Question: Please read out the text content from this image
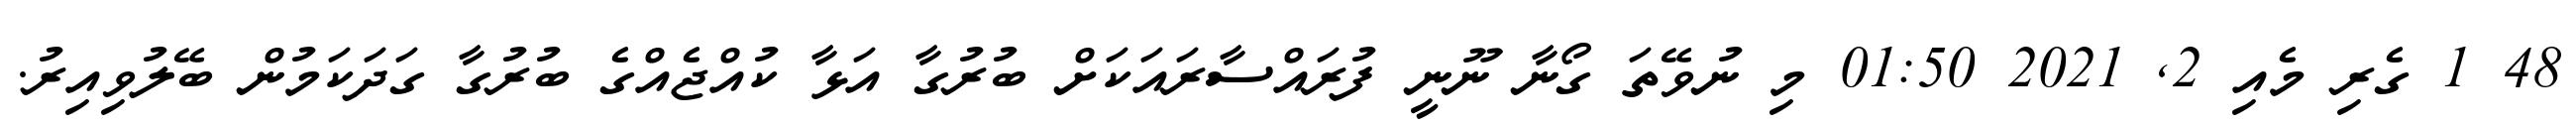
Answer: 48 1 ގެރި މެއި 2, 2021 01:50 މި ނުވޭތަ ގޯނާ ނޫނީ ފުރައްސާރައަކަށް ބުރުގާ އަޅާ ކުއްޖެއްގެ ބުރުގާ ގަދަކަމުން ބޭލުވިއިރު.